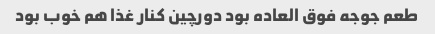
طعم جوجه فوق العاده بود دورچین کنار غذا هم خوب بود